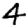
Digit: 4